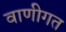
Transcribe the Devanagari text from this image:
वाणीगत